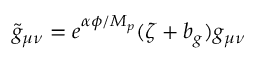
\tilde { g } _ { \mu \nu } = e ^ { \alpha \phi / M _ { p } } ( \zeta + b _ { g } ) g _ { \mu \nu }